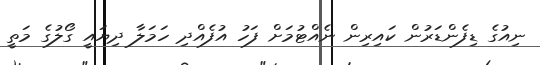
ނިއުގެ ޑިފެންޑަރުން ކައިރިން ނެއްޓުމަށް ފަހު އުފެއްދި ހަމަލާ ދިޔައީ ގޯލުގެ މަތީ